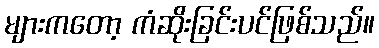
များကတော့ ကံဆိုးခြင်းပင်ဖြစ်သည်။